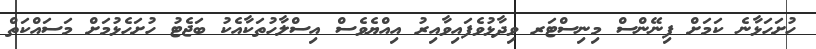
ހުށަހަޅާނެ ކަމަށް ފިނޭންސް މިނިސްޓަރ ވިދާޅުވެފައިވާއިރު އިއްޔެވެސް އިސްލާހުތަކާއެކު ބަޖެޓު ހުށަހެޅުމަށް މަސައްކަތް